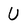
Character: U